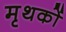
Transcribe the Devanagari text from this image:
मृथकों